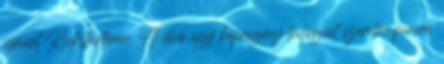
ismert Kickstarteren. A duó egy képregény trilógiát szeretne piacra